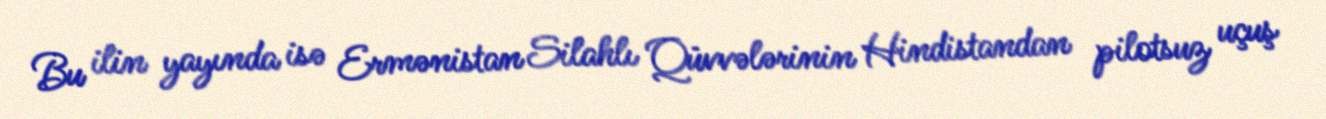
Bu ilin yayında isə Ermənistan Silahlı Qüvvələrinin Hindistandan pilotsuz uçuş